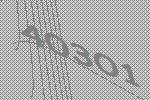
40301